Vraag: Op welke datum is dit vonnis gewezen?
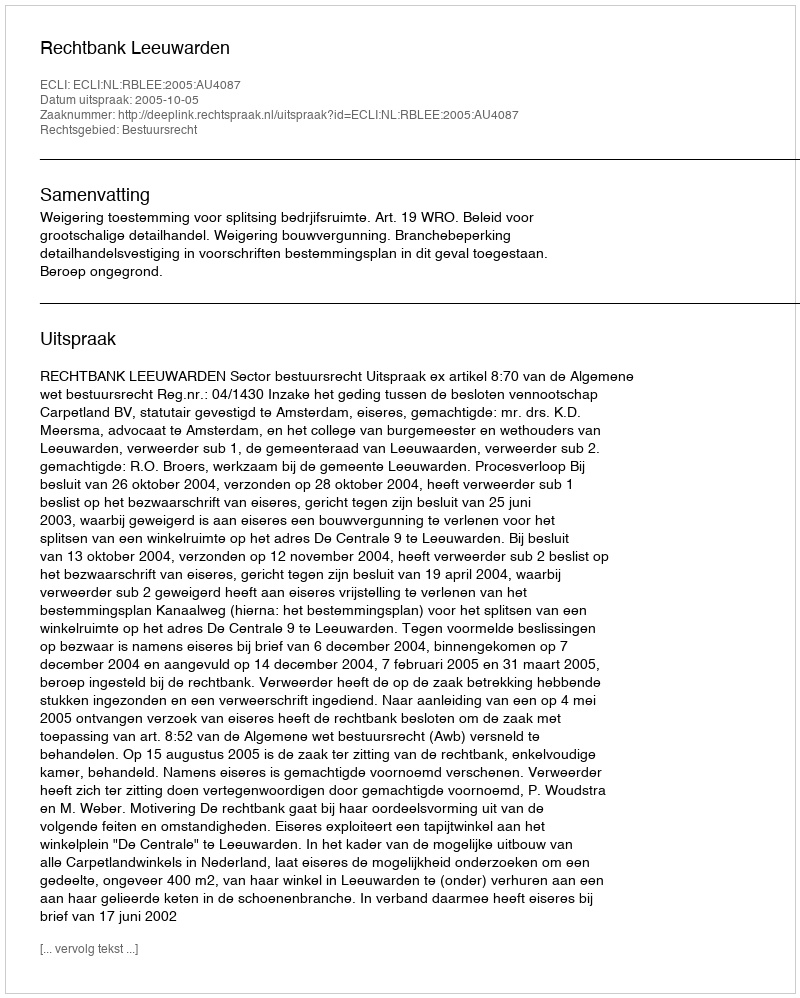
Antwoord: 2005-10-05